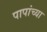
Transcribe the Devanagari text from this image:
पापांच्‍या